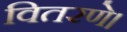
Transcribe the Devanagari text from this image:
वितरणे।